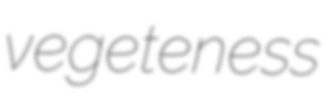
vegeteness